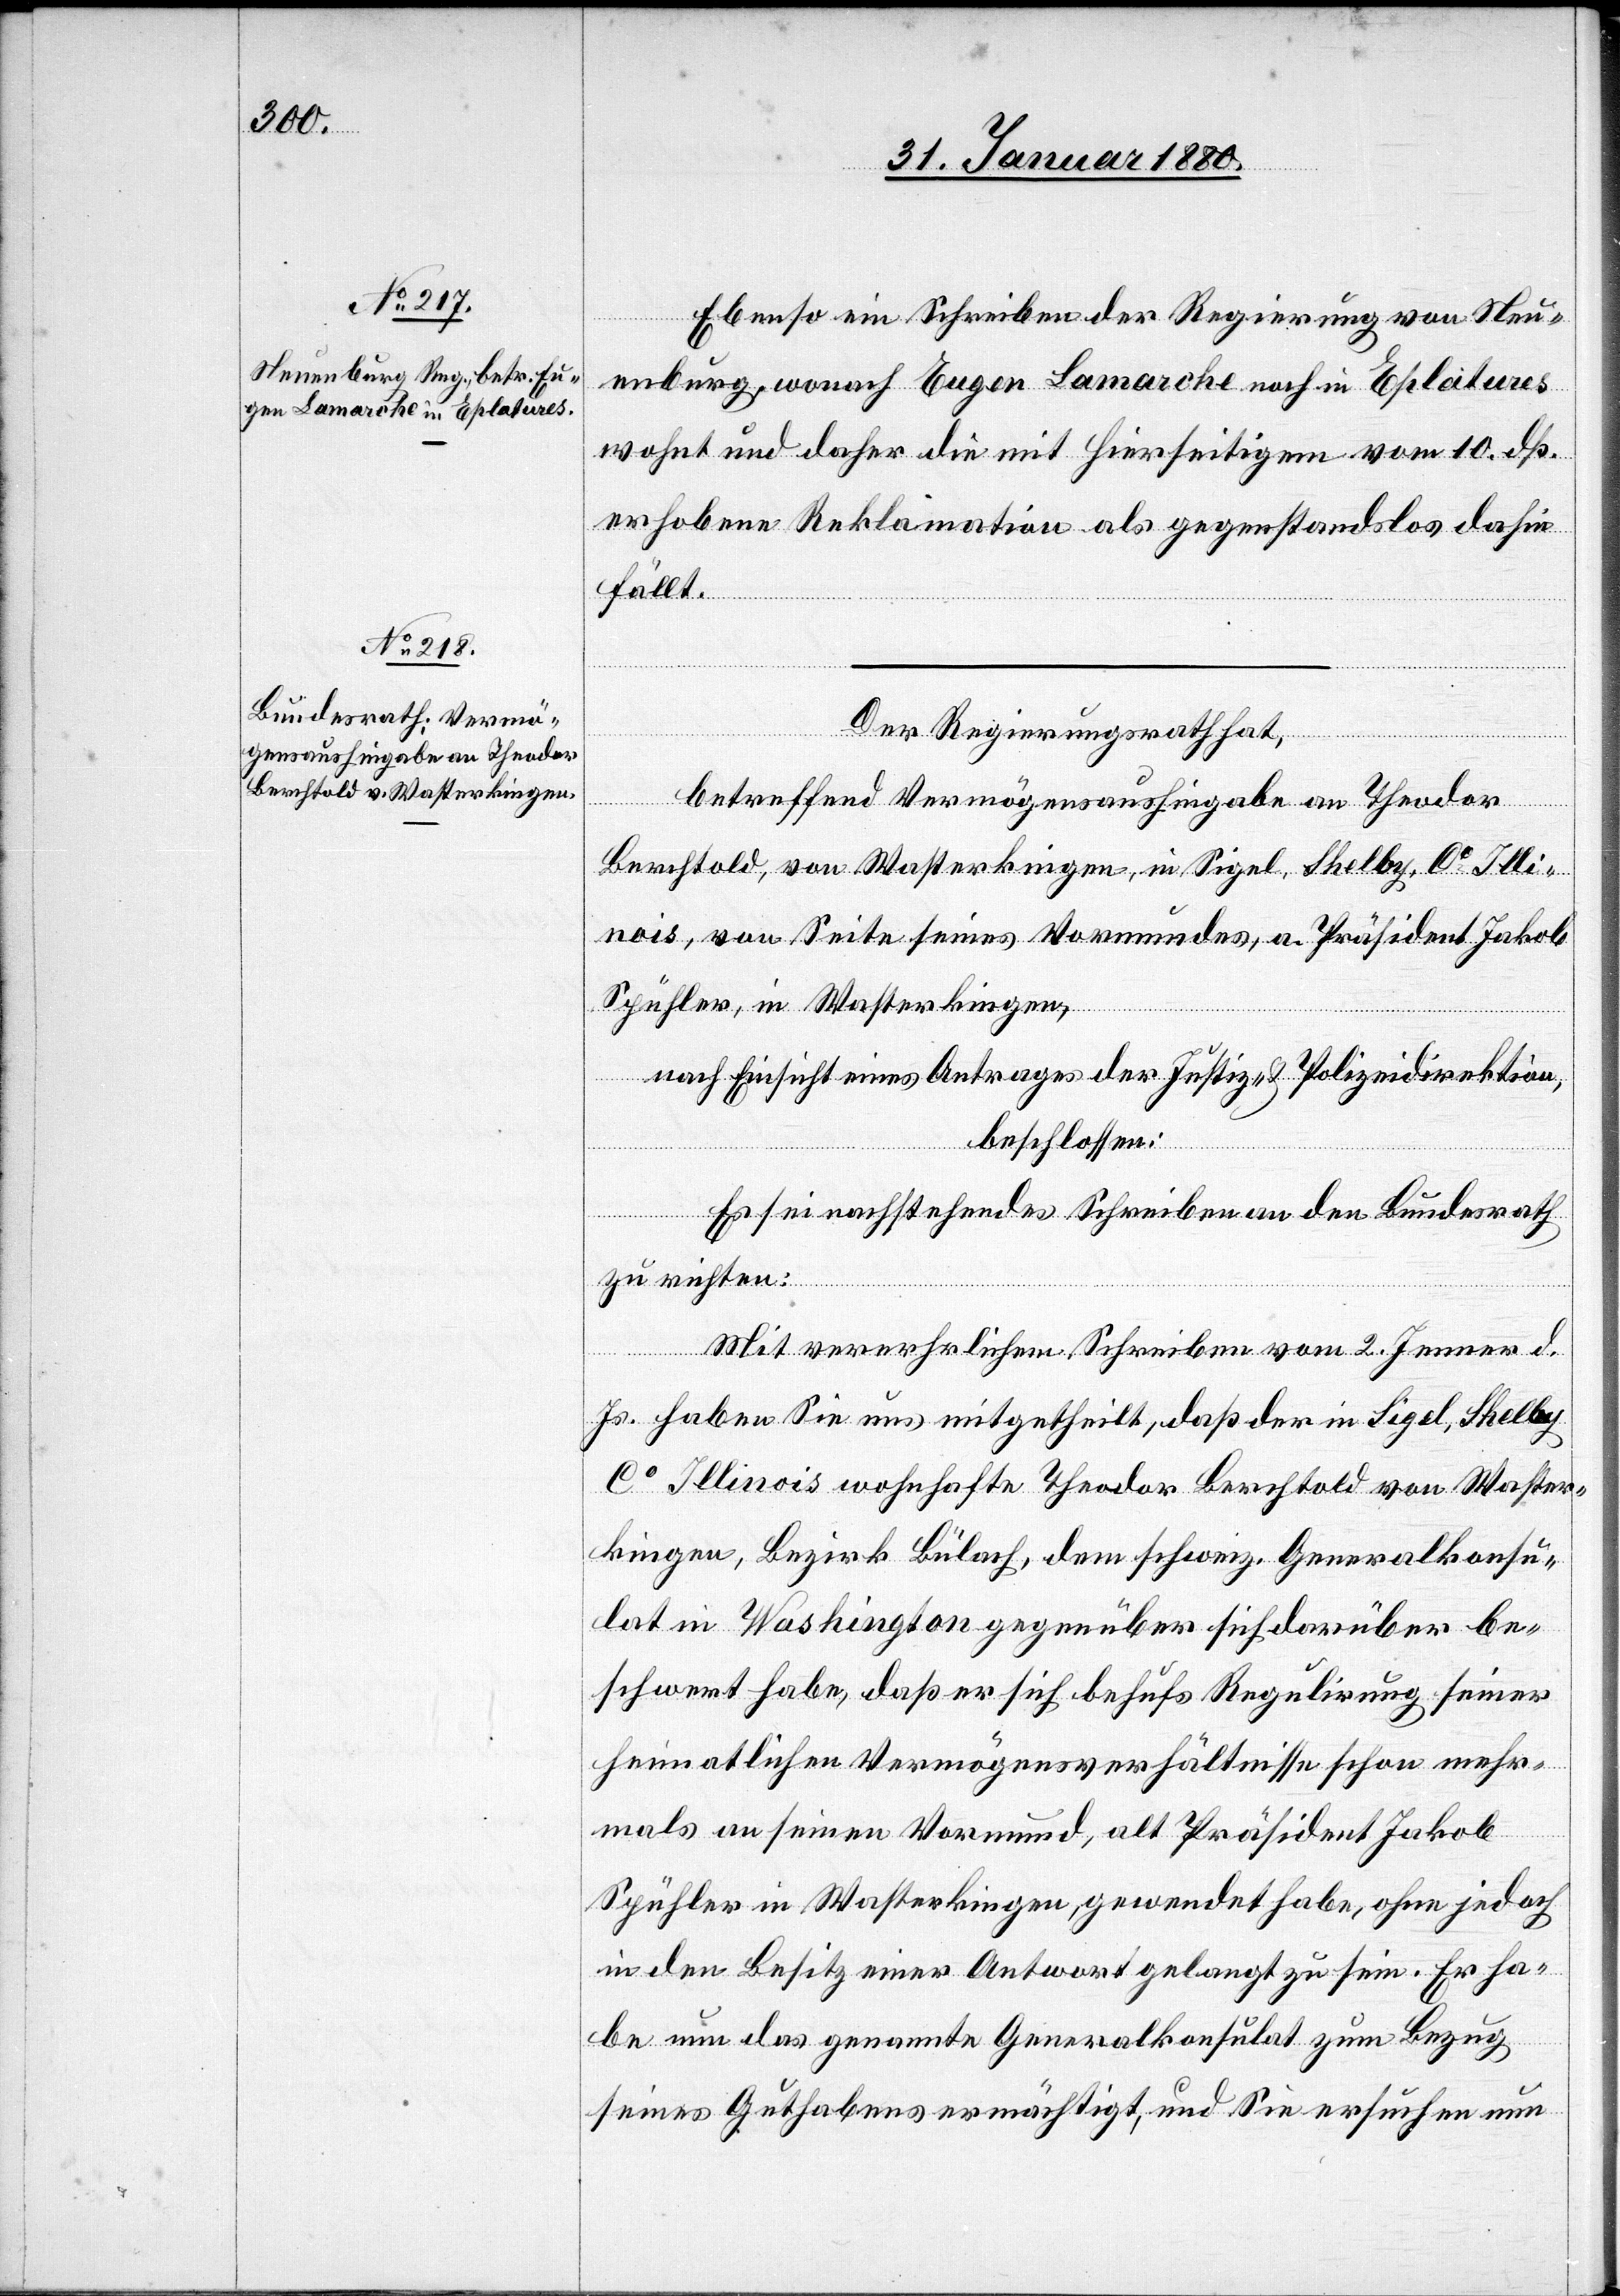
Ebenso ein Schreiben der Regierung von Neu¬
enburg, wonach Eugen Lamarche noch in Eplatures
wohnt und daher die mit hierseitigem vom 10. dß.
erhobene Reklamation als gegenstandslos dahin
fällt.
Der Regierungsrath hat,
[rect¬
betreffend Vermögensaushingabe an Theodor
Berchtold, von Wasterkingen, in Sigel, Shelby, Co Illi¬
nois, von Seite seines Vormundes, a. Präsident Jakob
Spühler, in Wasterkingen,
nach Einsicht eines Antrages der Justiz- & Polizeidirektion,
beschlossen:
Es sei nachstehendes Schreiben an den Bundesrath
zu richten:
e: verehrlichem] Schreiben vom 2. Jenner d.
Js. haben Sie uns mitgetheilt, daß der in Sigel, Shelby
Co Illinois wohnhafte Theodor Berchtold von Waster¬
kingen, Bezirk Bülach, dem schweiz. Generalkonsu¬
lat in Washington gegenüber sich darüber be¬
schwert habe, daß er sich behufs Regulirung seiner
heimatlichen Vermögensverhältnisse schon mehr¬
mals an seinen Vormund, alt Präsident Jakob
Spühler in Wasterkingen, gewendet habe, ohne jedoch
in den Besitz einer Antwort gelangt zu sein. Er ha¬
be nun das genannte Generalkonsulat zum Bezug
seines Guthabens ermächtigt, und Sie ersuchen nun